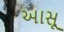
આસૂ